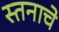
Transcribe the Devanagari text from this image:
स्तनाचे